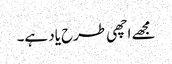
مجھے اچھی طرح یاد ہے۔